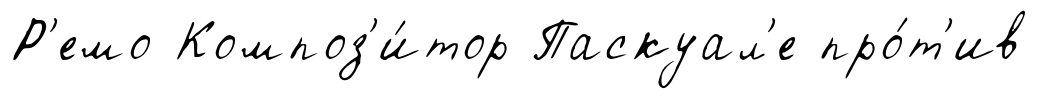
Р'емо Композ'и́тор Паскуал'е про́т'ив